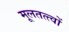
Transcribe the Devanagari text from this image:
मूलतत्त्वों